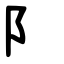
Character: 阝